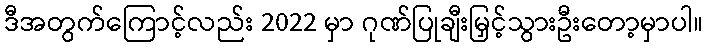
ဒီအတွက်ကြောင့်လည်း 2022 မှာ ဂုဏ်ပြုချီးမြှင့်သွားဦးတော့မှာပါ။